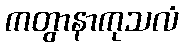
ကတွာနာကုသလံ